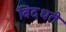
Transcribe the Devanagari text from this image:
विदधते